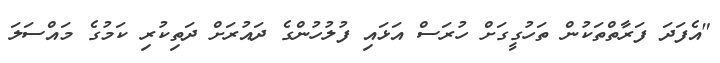
"އެފަދަ ފަރާތްތަކުން ތަހުގީގަށް ހުރަސް އަޅައި ފުލުހުންގެ ދައުރަށް ދަތިކުރި ކަމުގެ މައްސަލަ